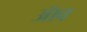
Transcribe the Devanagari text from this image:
ॲाव